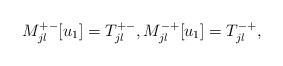
LaTeX: \begin{align*} M_{jl}^{+ -} [u_1] = T_{jl}^{+ -}, M_{jl}^{-+} [u_1] = T_{jl}^{-+},\end{align*}